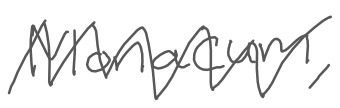
Text: Monacum,
Cross-out: mix
Writing tool: digital_gray